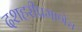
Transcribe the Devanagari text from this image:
दशहरीप्रमाणेच